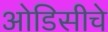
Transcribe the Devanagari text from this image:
ओडिसीचे